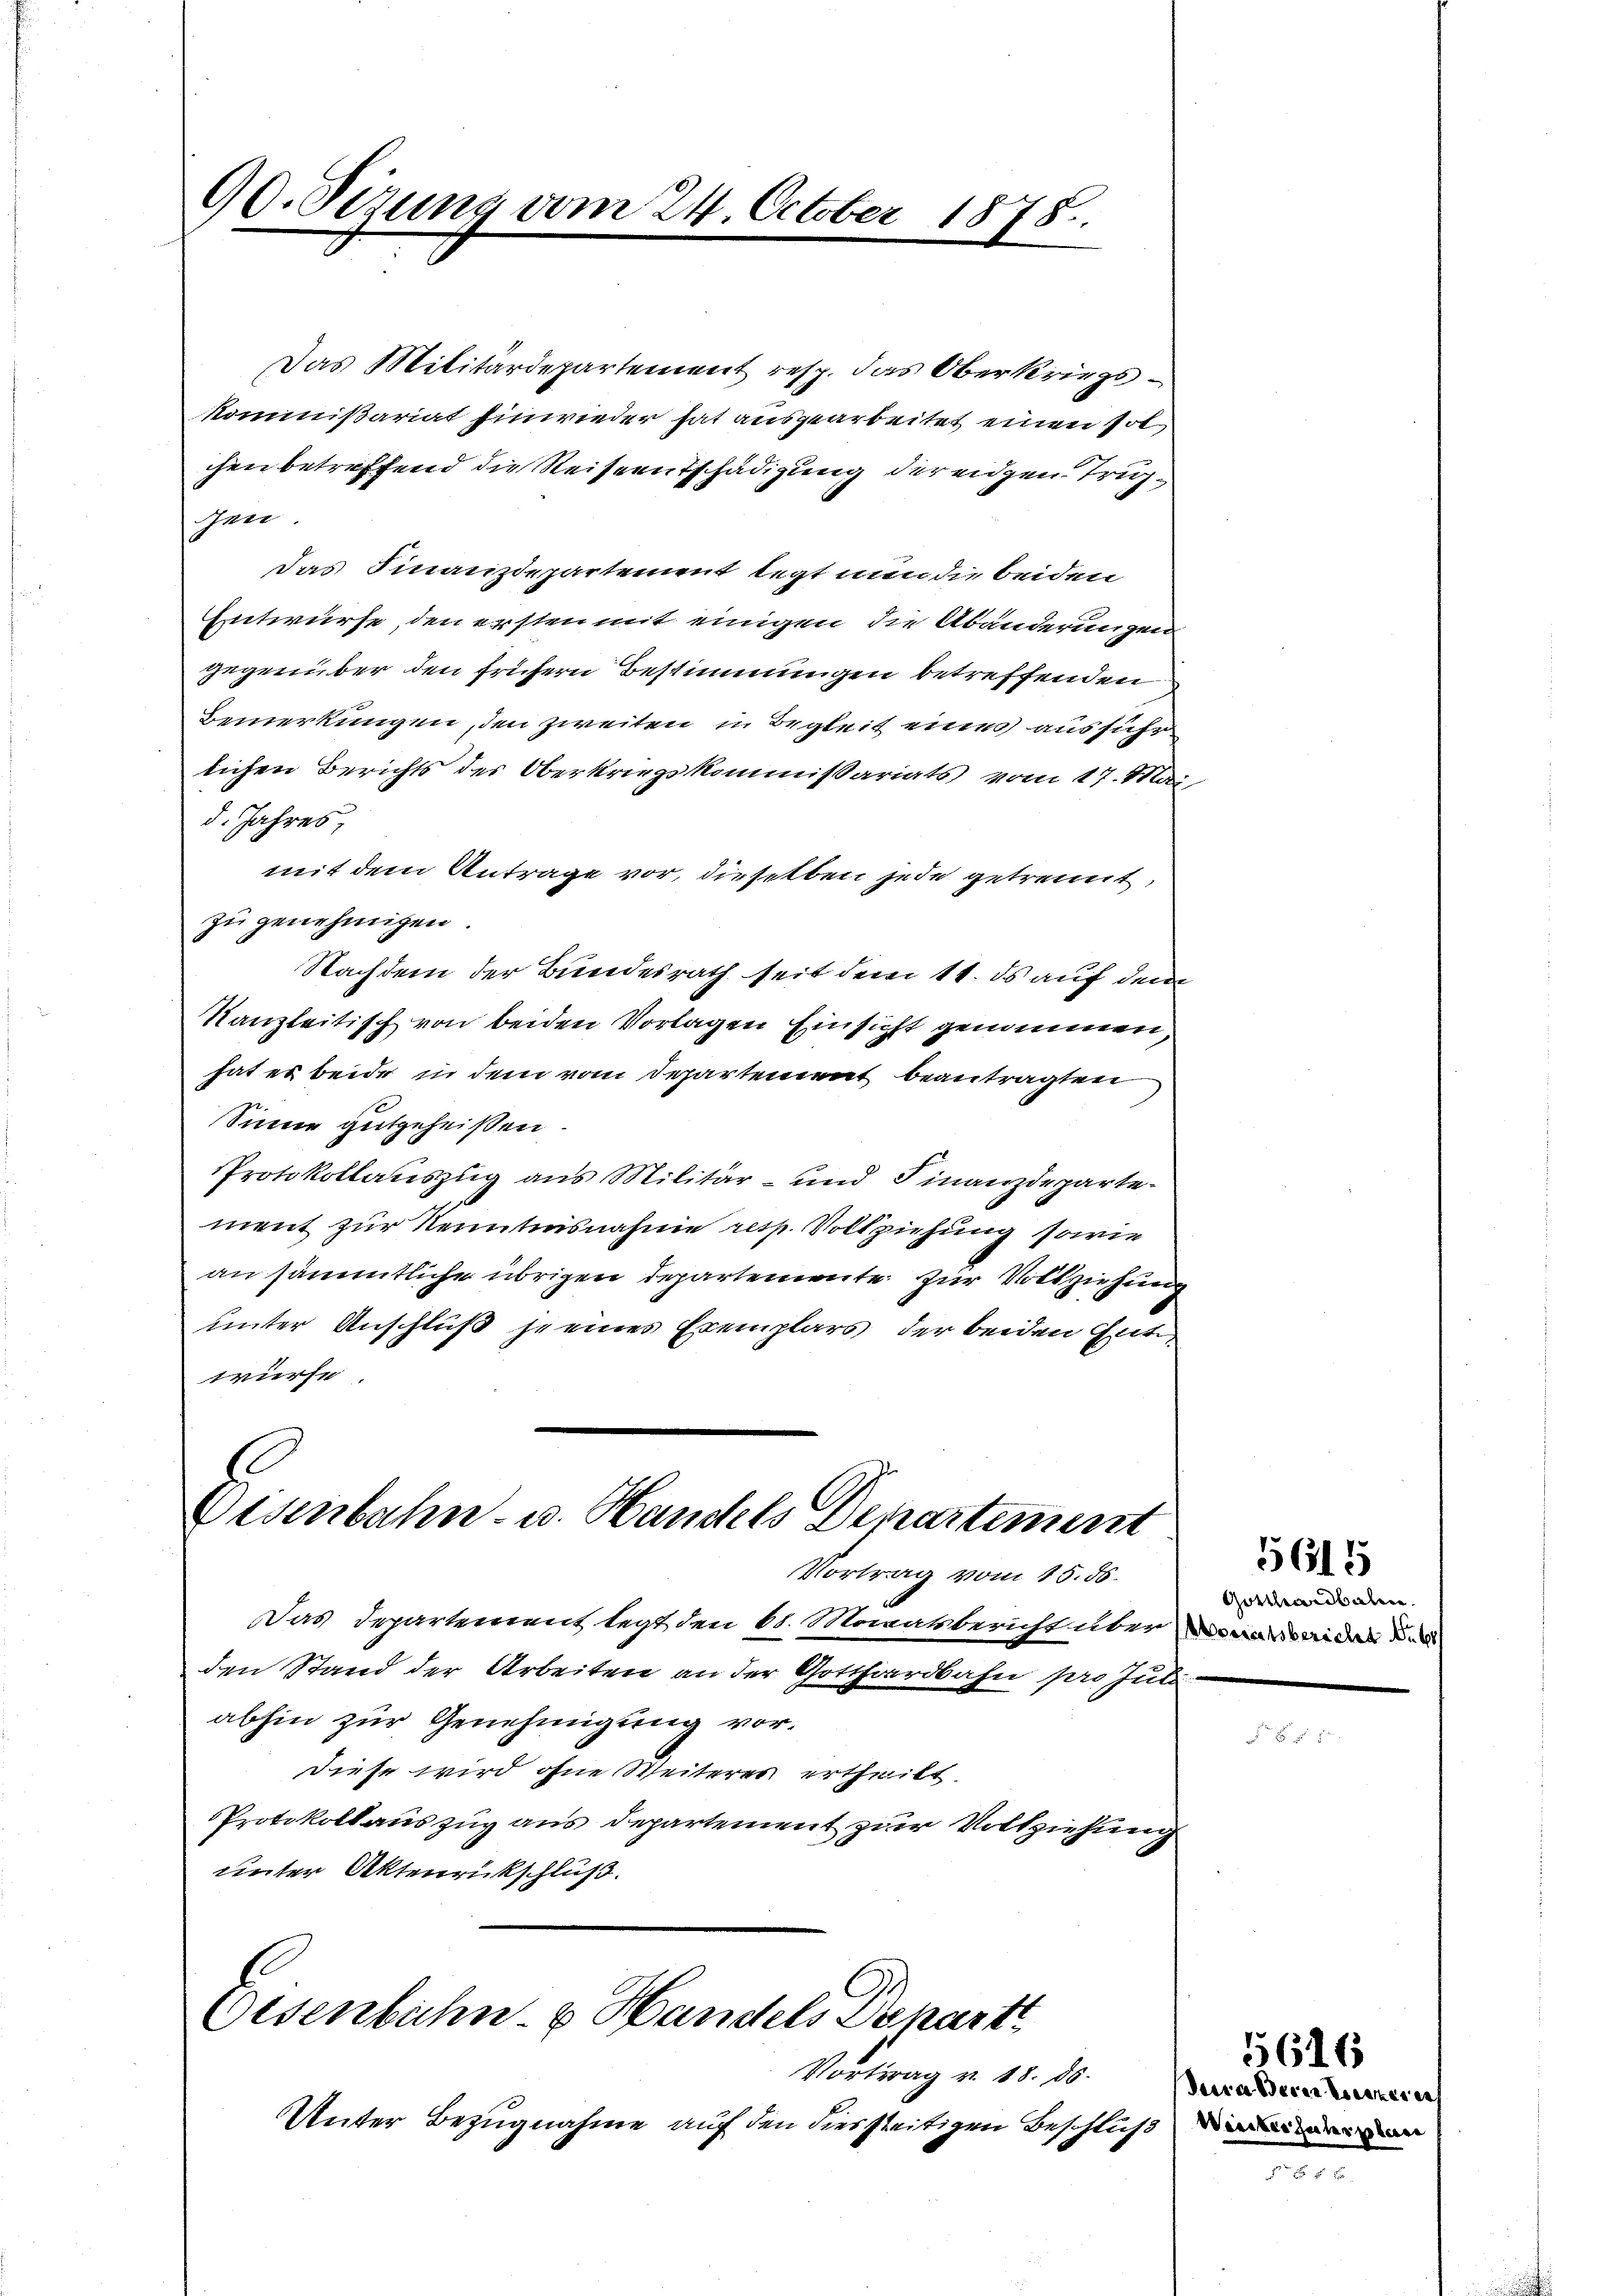
90. Sizung vom 24. October

Das Militärdepartement resp. das Oberkriegs¬
Kommißariat hinwieder hat ausgearbeitet einen Pol
chen betreffend die Reiseentschädigung der eigen Trupgen
Das Finanzdepartement legt nun die beiden
Entwurfe, den ersten mit einigen die Abänderungen
gegenüber den frühern Bestimmungen betreffenden
Bemerkungen, den zweiten in Begleit eines ausführ
lichen Berichts der Oberkriegskommissariats vom 17. Mai
d. Jahres
mit dem Antrage vor, dieselben jede getrennt,
zu genehmigen.
Nachdem der Bundesrath seit dem 11. ds auf dem
Kanzleitisch von beiden Vorlagen Einsicht genommen,
hat es beide in dem vom Departement beantragten
Sinne gutgeheißen
Protokollauszug aus Militär- und Finanzdepartement zur Kenntnisnahme resp. Vollziehung sowie
an sämmtliche übrigen Departemente zur Vollziehung
unter Anschluß je eines Exemplars, der beiden Gutwürfe.

Disenbahn u. Handels Departement

Vortrag vom 15. ds.
Das Departement legt den 61. Manatsbericht über Vorarsiden der
den Stand der Arbeiten an der Gotthardbahn pro Jul
abhin zur Genehmigung vordiese wird ohne Weiteres ertheilt.
PProtokoll auszug aus departement zur Vollziehung
unter Aktenrückschluß.

Osenbahn- & Handels Denart

Vortrag v. 18. 85.
Unter Bezugnahme auf den diesseitigen Beschluß

1878.

Sara Seren Kerkerer

Gotthardbalen.

5615

55616